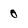
Character: 0